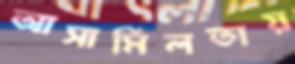
আসামিলতায়